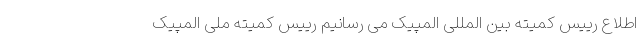
اطلاع رییس کمیته بین المللی المپیک می رسانیم رییس کمیته ملی المپیک